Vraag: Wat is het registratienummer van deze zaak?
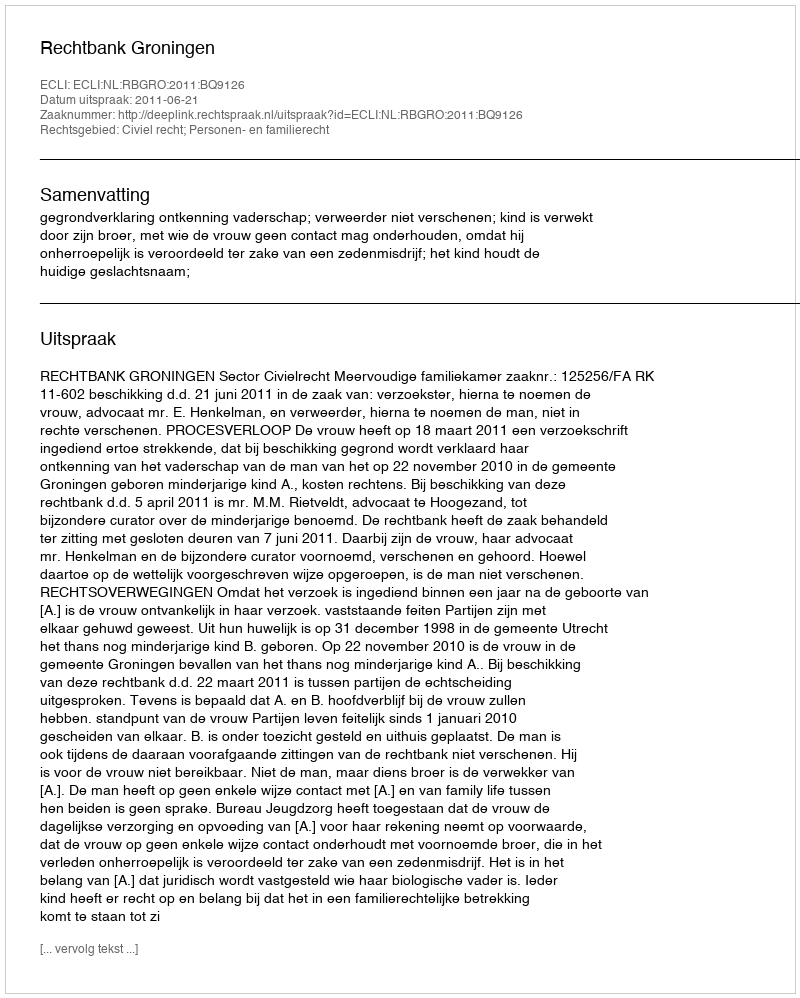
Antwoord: http://deeplink.rechtspraak.nl/uitspraak?id=ECLI:NL:RBGRO:2011:BQ9126